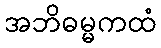
အဘိဓမ္မကထံ